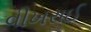
વીખરાઈ